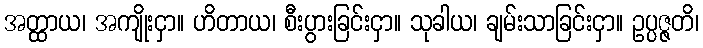
အတ္ထာယ၊ အကျိုးငှာ။ ဟိတာယ၊ စီးပွားခြင်းငှာ။ သုခါယ၊ ချမ်းသာခြင်းငှာ။ ဥပ္ပဇ္ဇတိ၊